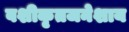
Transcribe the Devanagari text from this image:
वशीकृतजनेशाय